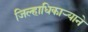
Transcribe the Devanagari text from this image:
जिल्हाधिकाऱ्याने